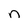
Character: n